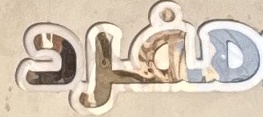
مفرد